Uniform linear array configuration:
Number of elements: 48
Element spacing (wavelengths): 1
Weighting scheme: cosine
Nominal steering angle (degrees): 30
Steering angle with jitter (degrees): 28.034
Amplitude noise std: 0.05
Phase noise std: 0.05

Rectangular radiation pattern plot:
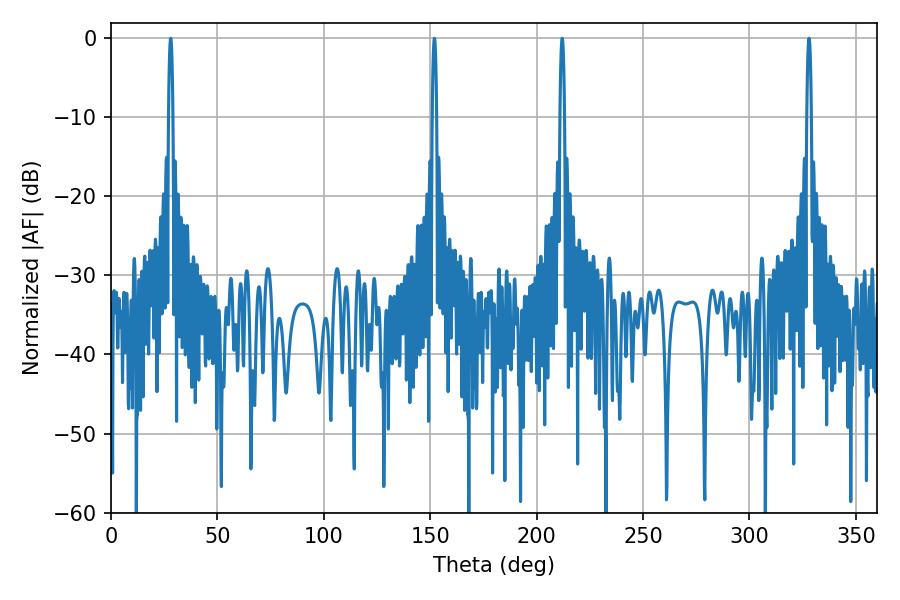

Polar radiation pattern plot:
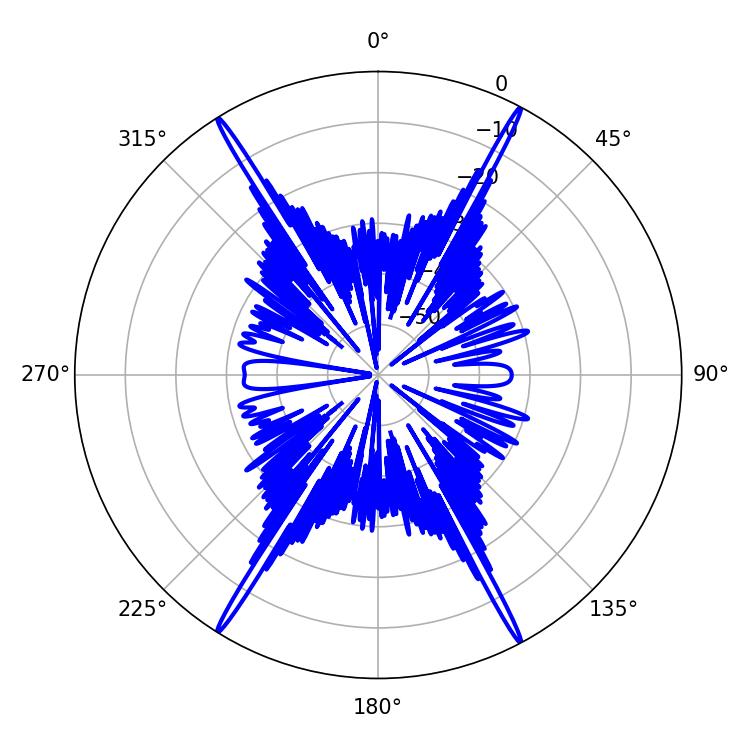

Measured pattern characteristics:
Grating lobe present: TRUE
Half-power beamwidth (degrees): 1.08
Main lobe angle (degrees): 212.04